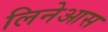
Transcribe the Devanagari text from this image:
लिनेआस